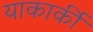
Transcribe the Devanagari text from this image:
याकार्की